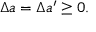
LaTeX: \Delta a = \Delta a ^ { \prime } \geq 0 .